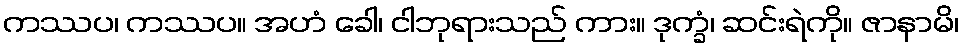
ကဿပ၊ ကဿပ။ အဟံ ခေါ၊ ငါဘုရားသည် ကား။ ဒုက္ခံ၊ ဆင်းရဲကို။ ဇာနာမိ၊